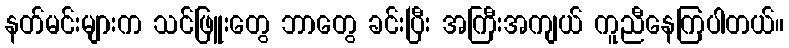
နတ်မင်းများက သင်ဖြူးတွေ ဘာတွေ ခင်းပြီး အကြီးအကျယ် ကူညီနေကြပါတယ်။